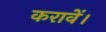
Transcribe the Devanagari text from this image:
करावें।